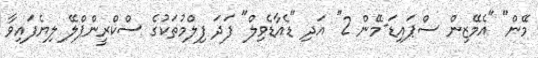
މޭން" "އެމޭޒިން ސްޕައިޑަ-މޭން 2" އަދި "ޑެއާޑެވިލް" ފަދަ ފިލްމުތަކުގެ ސްކްރީންޕްލޭ ލިޔެފައިވާ